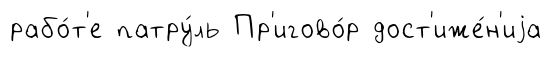
рабо́т'е патру́ль Пр'игово́р дост'иже́н'иjа